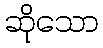
ဆိုသော